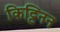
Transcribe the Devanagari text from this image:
किट्टिनन